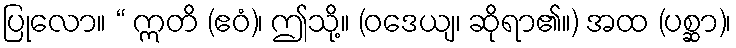
ပြုလော။ “ ဣတိ (ဧဝံ)၊ ဤသို့။ (ဝဒေယျ၊ ဆိုရာ၏။) အထ (ပစ္ဆာ)၊